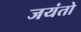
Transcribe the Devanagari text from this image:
जयंतो